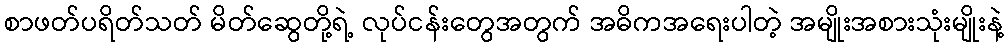
စာဖတ်ပရိတ်သတ် မိတ်ဆွေတို့ရဲ့ လုပ်ငန်းတွေအတွက် အဓိကအရေးပါတဲ့ အမျိုးအစားသုံးမျိုးနဲ့